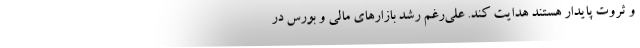
و ثروت پایدار هستند هدایت کند. علی‌رغم رشد بازارهای مالی و بورس در